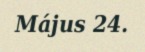
Május 24.